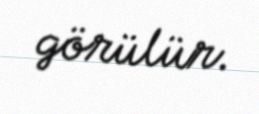
görülür.